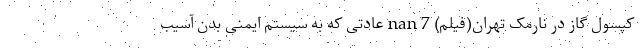
کپسول گاز در نارمک تهران(فیلم) nan 7 عادتی که به سیستم ایمنی بدن آسیب